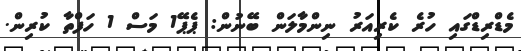
މެޑްރިޑްގައި ހުރެ ކެރިއަރު ނިންމާލަން ބޭނުން: ޕެޕޭ1 މަސް 1 ހަފްތާ ކުރިން.